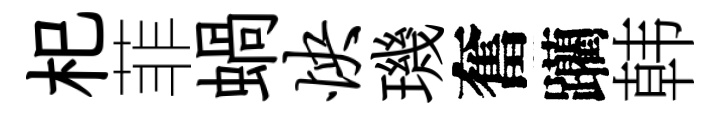
𣏌菲蝸怏璣奮躪韩